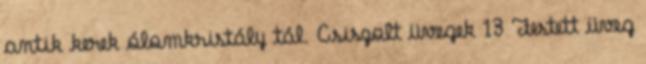
antik kerek ólomkristály tál. Csiszolt üvegek 13 Festett üveg